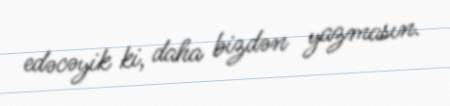
edəcəyik ki, daha bizdən yazmasın.